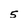
Character: 5